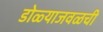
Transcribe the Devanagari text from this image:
डोळ्याजवळची